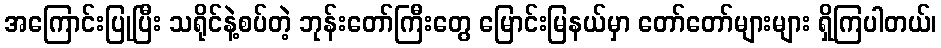
အကြောင်းပြုပြီး သရိုင်နဲ့စပ်တဲ့ ဘုန်းတော်ကြီးတွေ မြောင်းမြနယ်မှာ တော်တော်များများ ရှိကြပါတယ်၊